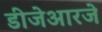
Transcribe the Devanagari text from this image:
डीजेआरजे